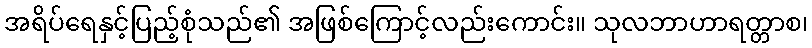
အရိပ်ရေနှင့်ပြည့်စုံသည်၏ အဖြစ်ကြောင့်လည်းကောင်း။ သုလဘာဟာရတ္တာစ၊